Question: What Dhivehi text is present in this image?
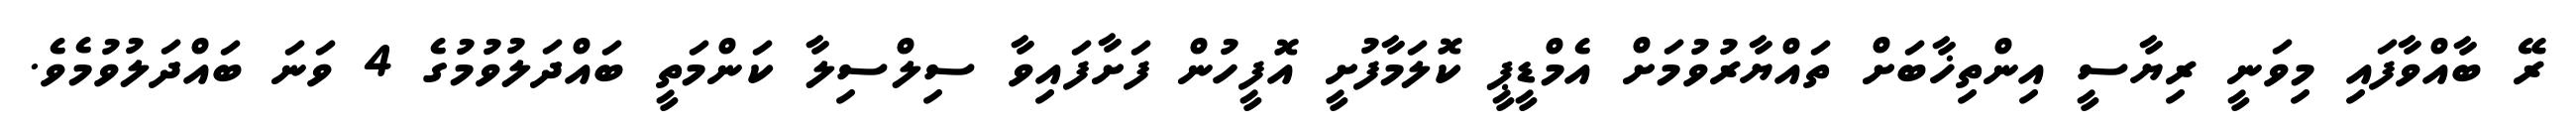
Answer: ރޭ ބާއްވާފައި މިވަނީ ރިޔާސީ އިންތިޚާބަށް ތައްޔާރުވުމަށް އެމްޑީޕީ ކޮލަމާފުށީ އޮފީހުން ފަށާފައިވާ ސިލްސިލާ ކަންމަތީ ބައްދަލުވުމުގެ 4 ވަނަ ބައްދަލުވުމެވެ.